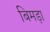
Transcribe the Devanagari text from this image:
बिमड़ा